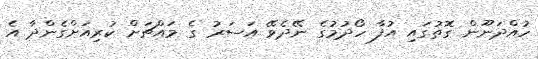
ހުއްދަނޫން ގޮތުގައި އުފާ ހޯދުމުގެ ނޭދެވޭ އަސަރު ގެ މައްޗަށް ކުރިއަށްގެންދާ އެ